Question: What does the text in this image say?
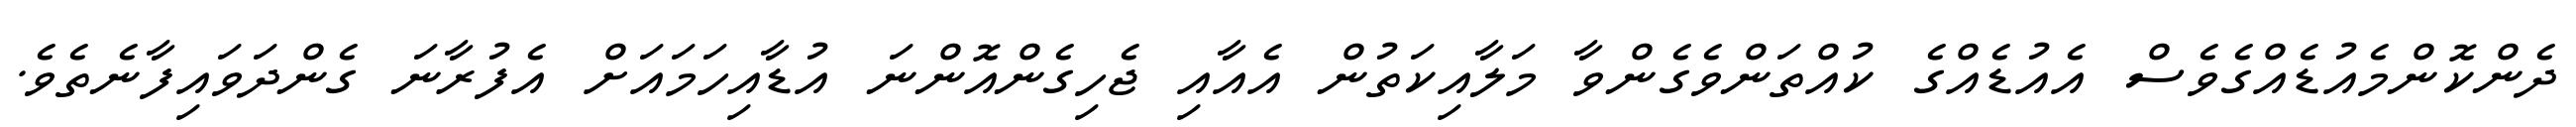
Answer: ދެންކޮންމެއުޑެއްގެވެސް އެއުޑެއްގެ ކުއްތަންވެގެންވާ މަލާއިކަތުން އެއާއި ޖެހިގެންއޮންނަ އުޑާއިހަމައަށް އެފުރާނަ ގެންދަވައިފާނެތެވެ.